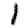
Digit: 1